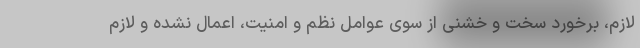
لازم، برخورد سخت و خشنی از سوی عوامل نظم و امنیت، اعمال نشده و لازم